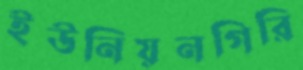
ইউনিয়নগিরি